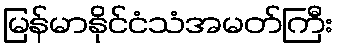
မြန်မာနိုင်ငံသံအမတ်ကြီး